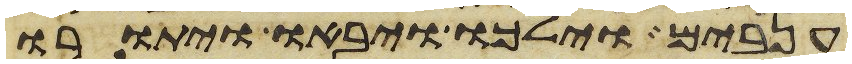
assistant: ענבים וילכו ויבאו ויתורו